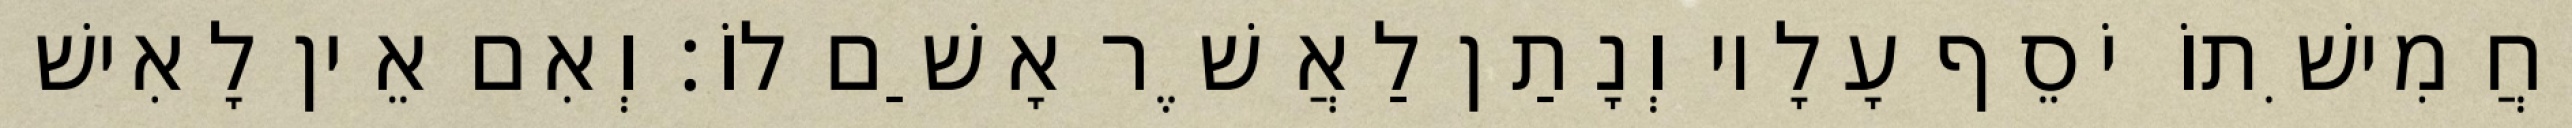
וַחֲמִישִׁתוֹ יֹסֵף עָלָיו וְנָתַן לַאֲשֶׁר אָשַׁם לוֹ׃ וְאִם אֵין לָאִישׁ